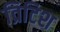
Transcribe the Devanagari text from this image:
व्रिटिश